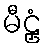
မီဠှံ